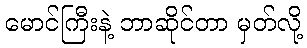
မောင်ကြီးနဲ့ ဘာဆိုင်တာ မှတ်လို့